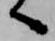
へ